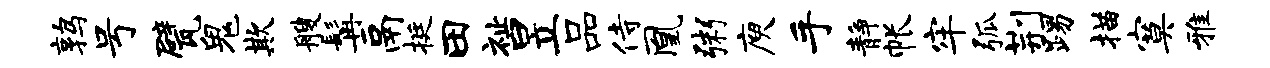
鹑号甓鬼欺艘髯鬲挺田祉昱品侍凰粥庾手静帐牢弧荆踢描寞雅